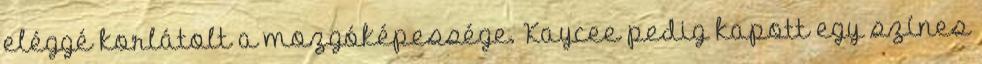
eléggé korlátolt a mozgóképessége. Kaycee pedig kapott egy színes